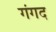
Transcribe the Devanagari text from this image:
गंगद